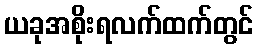
ယခုအစိုးရလက်ထက်တွင်